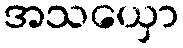
အသယှော